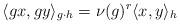
LaTeX: \begin{align*}\langle gx,gy \rangle_{g\cdot h} = \nu(g)^r \langle x,y \rangle_h\end{align*}